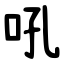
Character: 吼